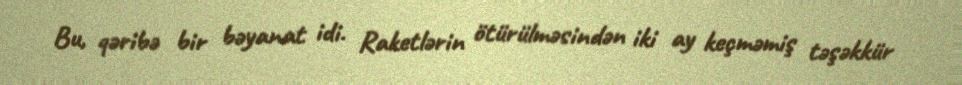
Bu, qəribə bir bəyanat idi. Raketlərin ötürülməsindən iki ay keçməmiş təşəkkür